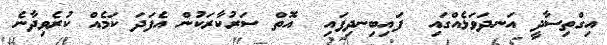
އިގްތިސާދީ އަނދަވަޅެއްގައި  ފައިބިނދިފައި  އޮތް ސަރުކާރަކުން އެފަދަ ކަމެއް ކުރެވިދާނެ